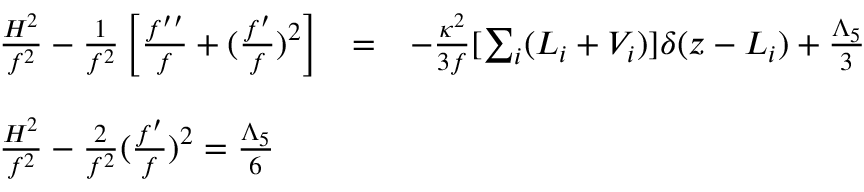
\begin{array} { l c c } { { \frac { H ^ { 2 } } { f ^ { 2 } } - \frac { 1 } { f ^ { 2 } } \left[ \frac { f ^ { \prime \prime } } { f } + ( \frac { f ^ { \prime } } { f } ) ^ { 2 } \right] } } & { { = } } & { { - \frac { \kappa ^ { 2 } } { 3 f } [ \sum _ { i } ( { \cal L } _ { i } + V _ { i } ) ] \delta ( z - L _ { i } ) + \frac { \Lambda _ { 5 } } { 3 } } } \\ { { } } & { { } } & { { } } \\ { { \frac { H ^ { 2 } } { f ^ { 2 } } - \frac { 2 } { f ^ { 2 } } ( \frac { f ^ { \prime } } { f } ) ^ { 2 } = \frac { \Lambda _ { 5 } } { 6 } } } \end{array}